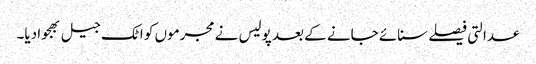
عدالتی فیصلے سنائے جانے کے بعد پولیس نے مجرموں کو اٹک جیل بھجوا دیا۔